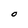
Character: O